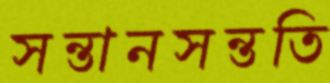
সন্তানসন্ততি